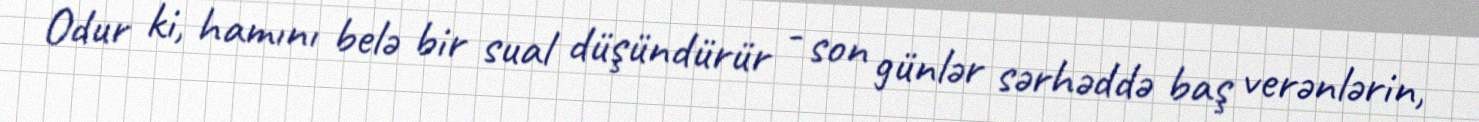
Odur ki, hamını belə bir sual düşündürür - son günlər sərhəddə baş verənlərin,